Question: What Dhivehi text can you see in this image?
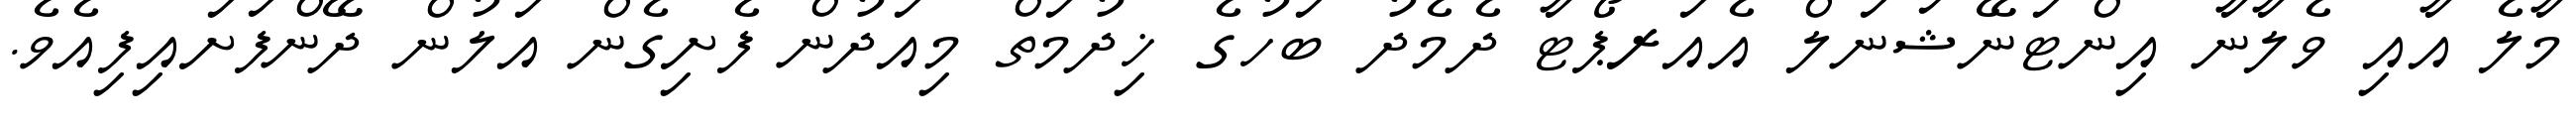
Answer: މާލެ އާއި ވެލާނާ އިންޓަނޭޝަނަލް އެއަރޕޯޓާ ދެމެދު ބަހުގެ ޚިދުމަތް މިއަދުން ފެށިގެން އަލުން ދޭންފަށައިފިއެވެ.